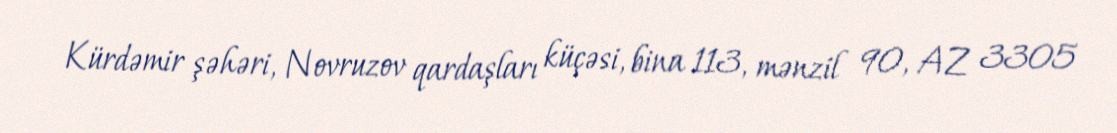
Kürdəmir şəhəri, Novruzov qardaşları küçəsi, bina 113, mənzil 90, AZ 3305